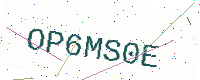
Text: OP6MS0E